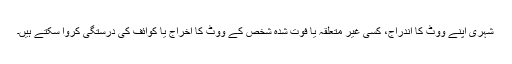
شہری اپنے ووٹ کا اندراج، کسی غیر متعلقہ یا فوت شدہ شخص کے ووٹ کا اخراج یا کوائف کی درستگی کروا سکتے ہیں۔